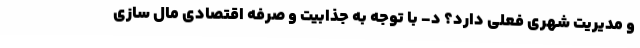
و مدیریت شهری فعلی دارد؟ د- با توجه به جذابیت و صرفه اقتصادی مال سازی